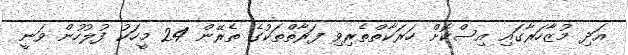
އަދި މުޒާހަރާގައި އިސްކޮށް ހަރަކާތްތެރިވި ފަރާތްތަކުގެ ތެރޭން 24 މީހަކު ފުލުހުން ވަނީ